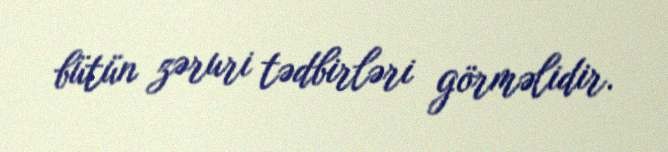
bütün zəruri tədbirləri görməlidir.